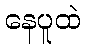
နေပူထဲ